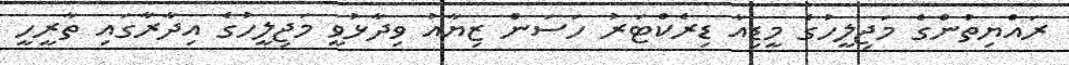
ރައްޔިތުންގެ މަޖިލީހުގެ މީޑިއާ ޑިރެކްޓަރު ހަސަން ޒިޔާއު ވިދާޅުވީ މަޖިލީހުގެ އިދާރާގައި ތާރީހީ